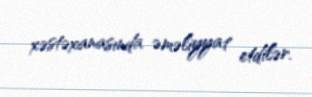
xəstəxanasında əməliyyat etdilər.